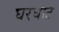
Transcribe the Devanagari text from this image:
घरघाट